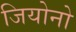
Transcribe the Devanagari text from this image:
जियोनो